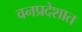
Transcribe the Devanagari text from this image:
वनप्रदेशात